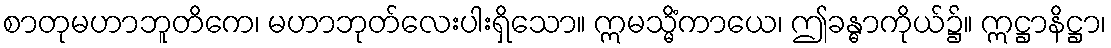
စာတုမဟာဘူတိကေ၊ မဟာဘုတ်လေးပါးရှိသော။ ဣမသ္မိံကာယေ၊ ဤခန္ဓာကိုယ်၌။ ဣဋ္ဌာနိဋ္ဌာ၊